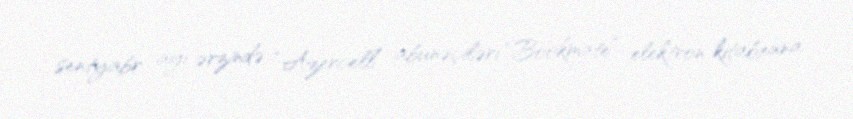
sentyabr ayı ərzində “Azercell” abunəçiləri “Bookmate” elektron kitabxana